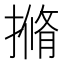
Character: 𭢎